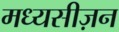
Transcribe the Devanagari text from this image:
मध्यसीज़न